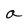
Character: a